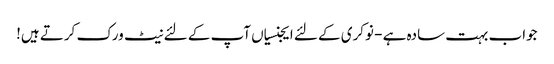
جواب بہت سادہ ہے - نوکری کے لئے ایجنسیاں آپ کے لئے نیٹ ورک کرتے ہیں!